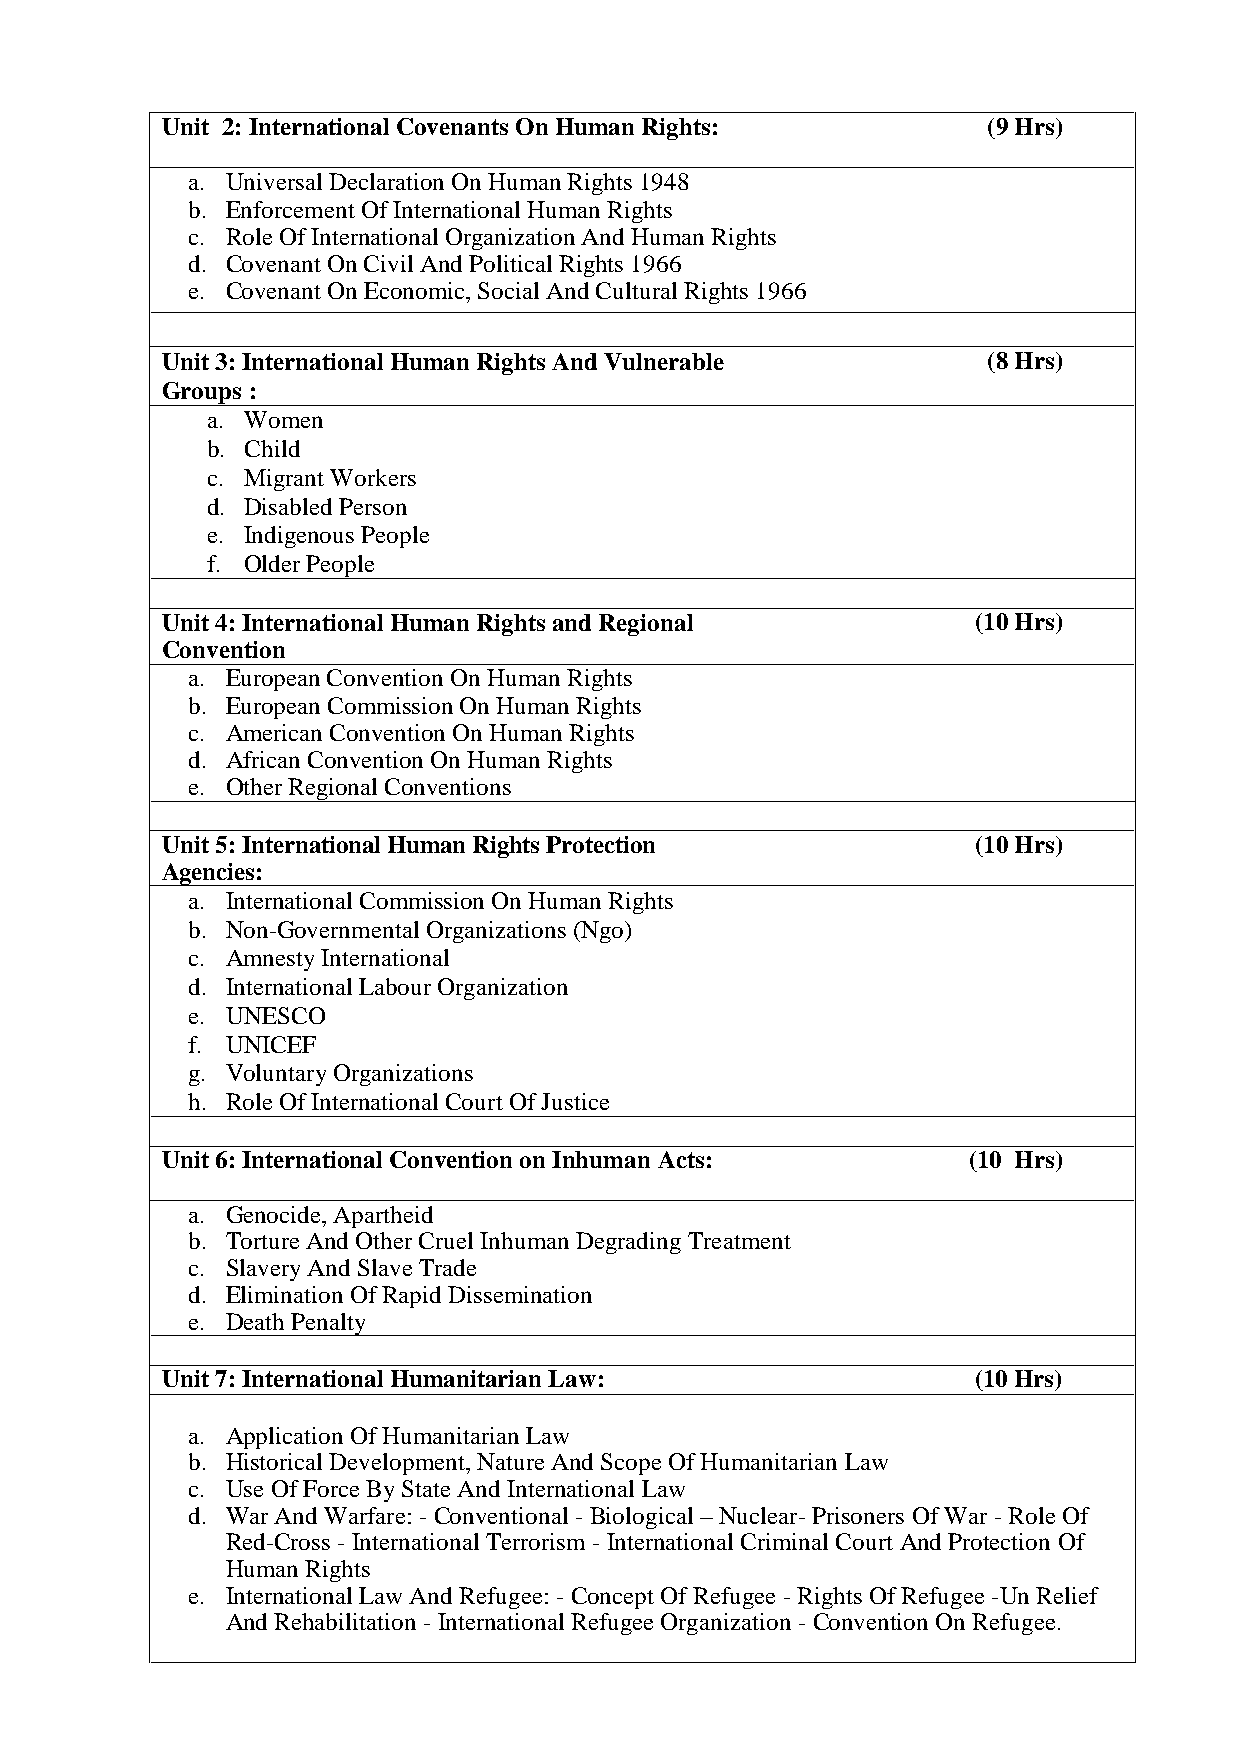
Unit 2:International Covenants On Human Rights:       (9Hrs)
 a. Universal Declaration On Human Rights 1948
 b. Enforcement Of International Human Rights
 c. Role Of International Organization And Human Rights
 d. Covenant On Civil And Political Rights 1966
 e. Covenant On Economic, Social And Cultural Rights 1966
 Unit3:International Human Rights And Vulnerable       (8Hrs)
 Groups :
 a. Women
 b. Child
 c. Migrant Workers
 d. Disabled Person
 e. Indigenous People
 f. Older People
 Unit4:International Human Rights and Regional         (10Hrs)
 Convention
 a. European Convention On Human Rights
 b. European Commission On Human Rights
 c. American Convention On Human Rights
 d. African Convention On Human Rights
 e. Other Regional Conventions
 Unit5:International Human Rights Protection           (10Hrs)
 Agencies:
 a. International Commission On Human Rights
 b. Non-Governmental Organizations (Ngo)
 c. Amnesty International
 d. International Labour Organization
 e. UNESCO
 f. UNICEF
 g. Voluntary Organizations
 h. Role Of International Court Of Justice
 Unit6:International Convention on Inhuman Acts:      (10 Hrs)
 a. Genocide, Apartheid
 b. Torture And Other Cruel Inhuman Degrading Treatment
 c. Slavery And Slave Trade
 d. Elimination Of Rapid Dissemination
 e. Death Penalty
 Unit7:International Humanitarian Law:                (10Hrs)
 a. Application Of Humanitarian Law
 b. Historical Development, Nature And Scope Of Humanitarian Law
 c. Use Of Force By State And International Law
 d. War And Warfare: -Conventional -Biological – Nuclear-Prisoners Of War -Role Of
 Red-Cross - International Terrorism - International Criminal Court And Protection Of
 Human Rights
 e. International Law And Refugee: -Concept Of Refugee -Rights Of Refugee -Un Relief
 And Rehabilitation - International Refugee Organization -Convention On Refugee.